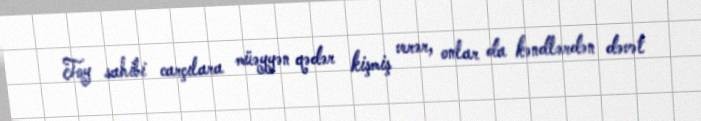
Toy sahibi carçılara müəyyən qədər kişmiş verər, onlar da kəndlərdən dəvət